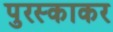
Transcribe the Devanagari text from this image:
पुरस्काकर